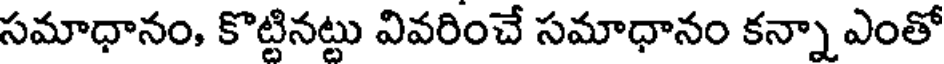
సమాధానం, కొట్టినట్టు వివరించే సమాధానం కన్నా ఎంతో